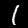
Digit: 1